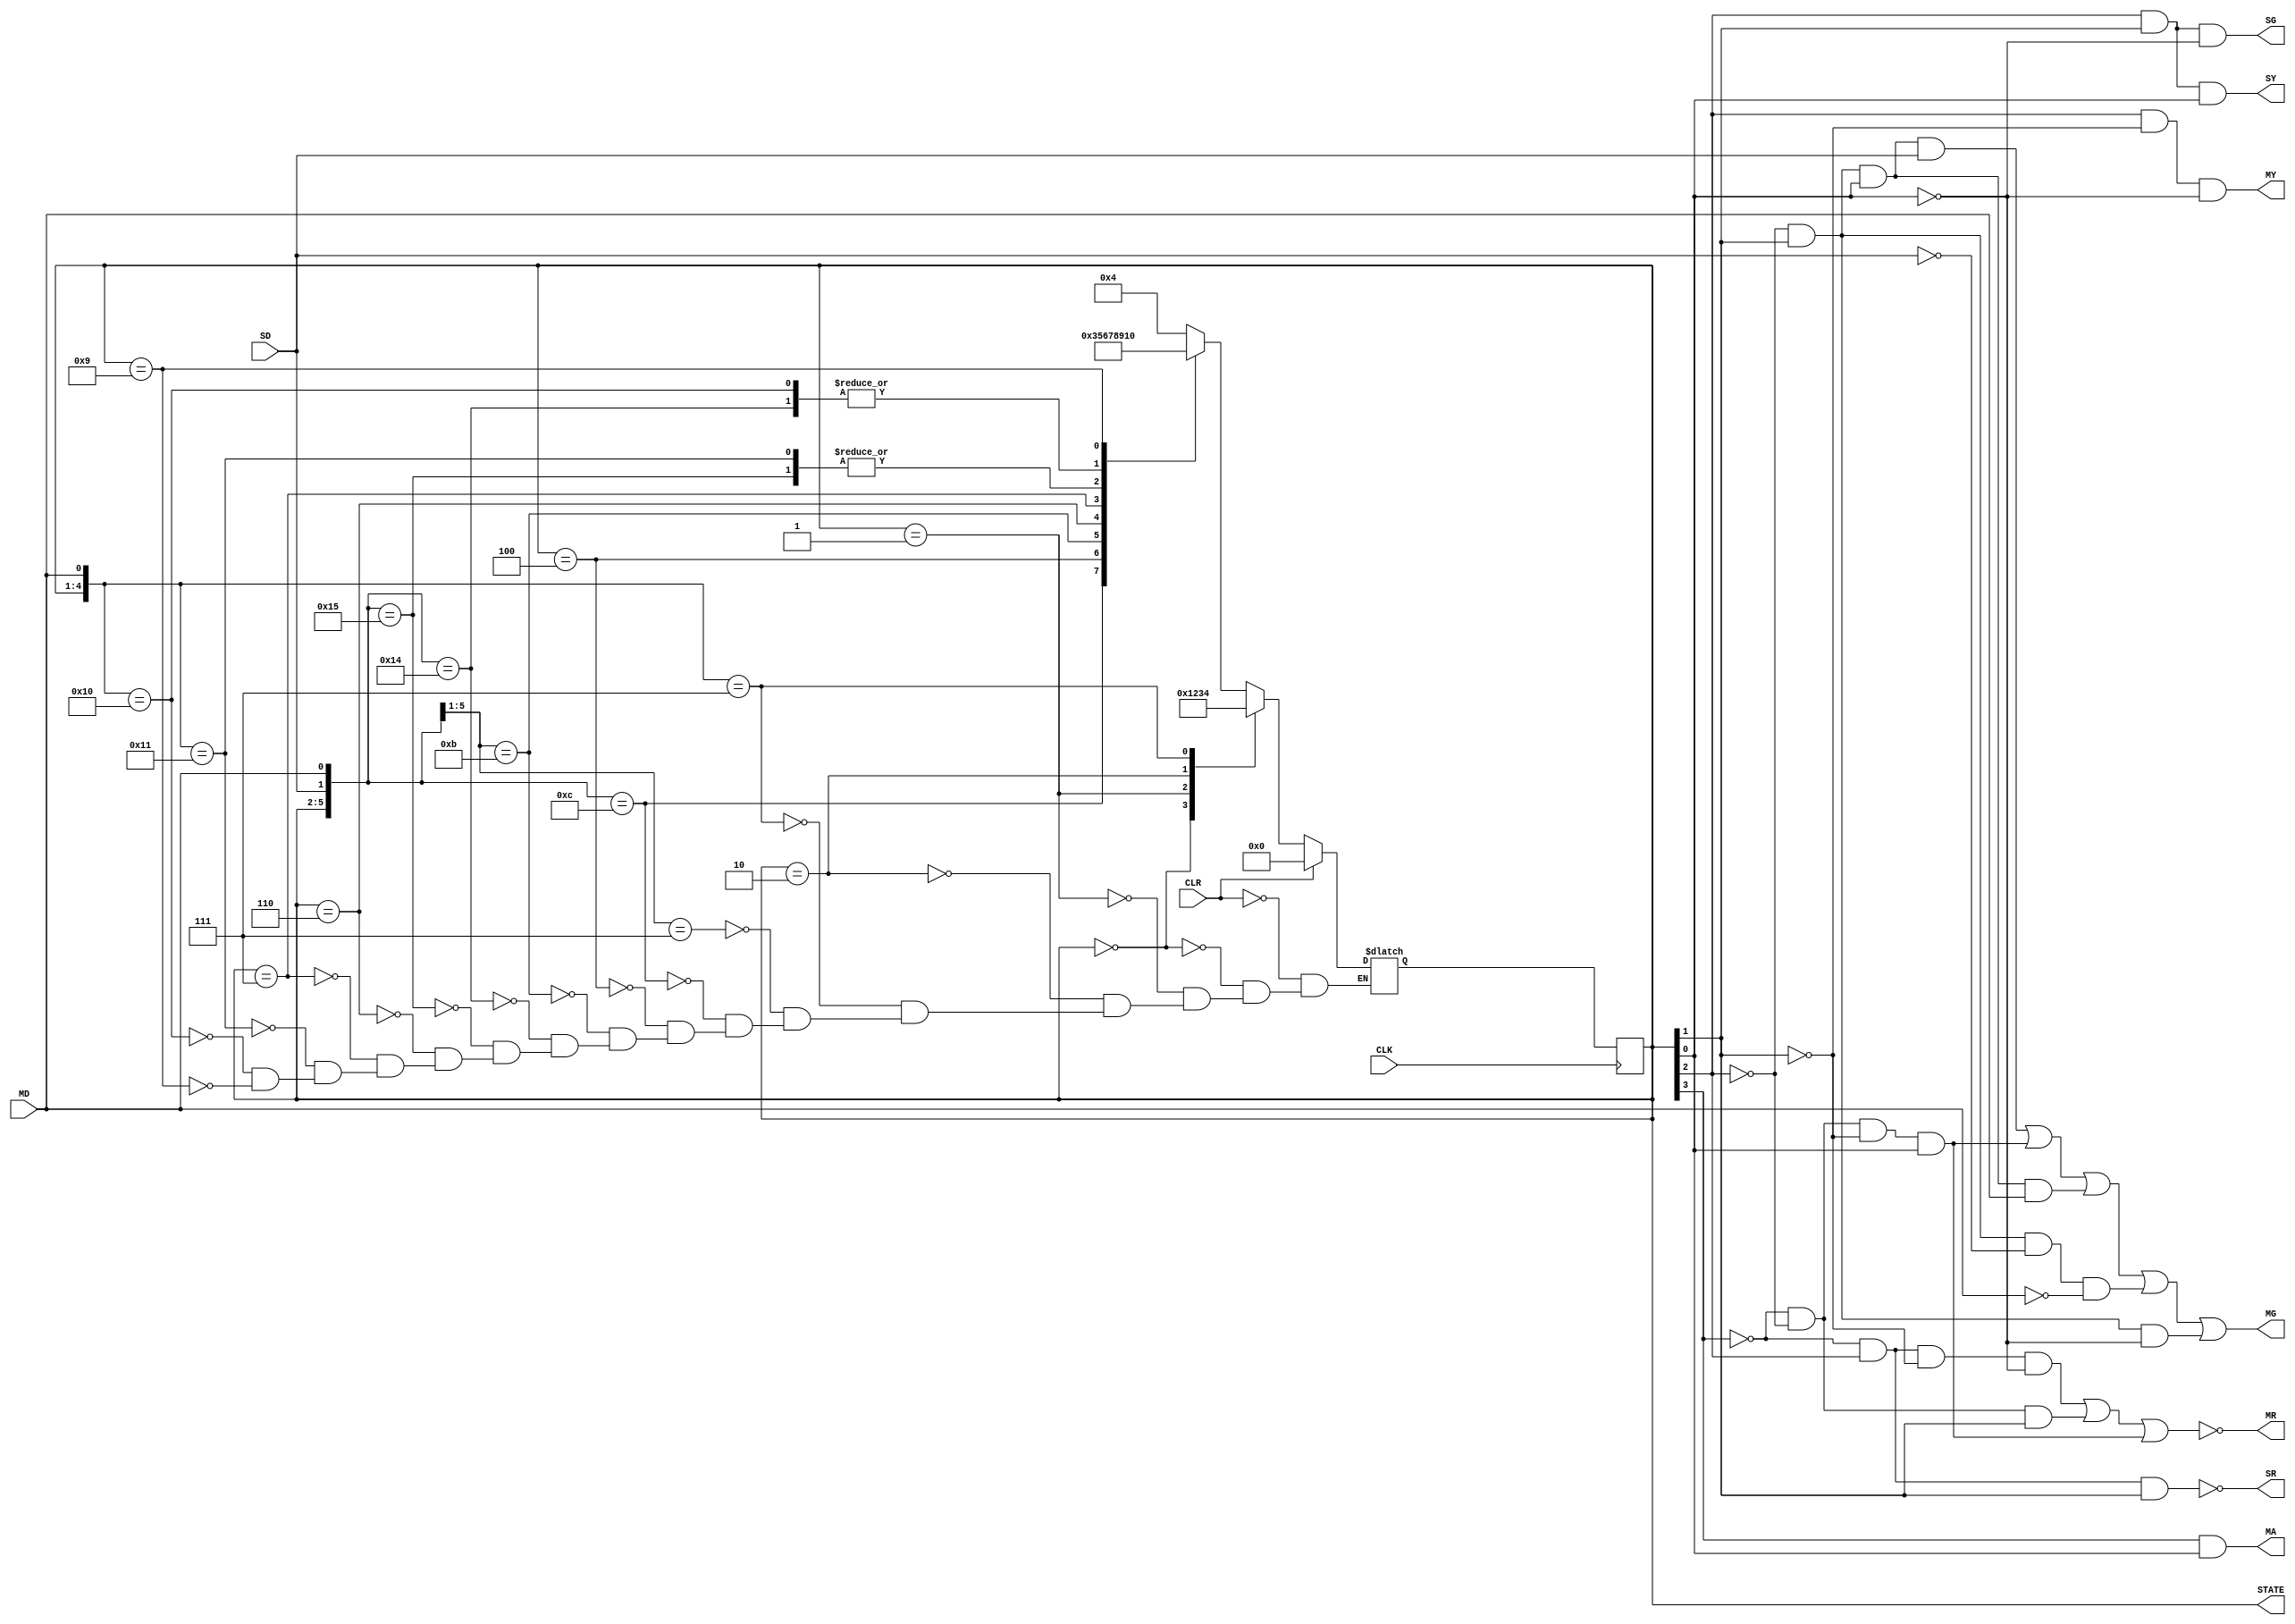
`timescale 1ns/1ns
// Nicholas Saylor 13/03/2021
// CMPEN 270 Verilog Project 12
// RTL Module for TLC

module TLC_rtl(CLK, CLR, SD, MD, MR, MY, MG, MA, SR, SY, SG, STATE);
    input SD, MD, CLK, CLR;
    output MR, MY, MG, MA, SR, SY, SG;
    output [3:0] STATE;
    reg [3:0] Q;
    reg [3:0] QN;
    
    // Logic For Output has been generated through Espresso
    // MR and SR Uses POS instead of SOP
    
    
    // States
    parameter [3:0] A = 4'b0000,
        B = 4'b0001,
        C = 4'b0010,
        D = 4'b0011,
        E = 4'b0100,
        F = 4'b0101,
        G = 4'b0110,
        H = 4'b0111,
        I = 4'b1000,
        J = 4'b1001;
    
    
    
    // Find next state
    always @ (SD or MD or Q or CLR) begin
        // Synchronous clear
        if (CLR) begin
            QN <= 4'b0000;
        end
        else begin
            // Allows for use of don't cares in case statement 1'bz represents don't care input
            casez ({Q,SD,MD})
                {A,1'bz,1'bz}: QN <= B;
                {B,1'bz,1'bz}: QN <= C;
                {C,1'bz,1'bz}: QN <= D;
                {D,1'bz,1'b1}: QN <= E;
                {D,1'b1,1'bz}: QN <= E;
                {D,1'b0,1'b0}: QN <= D;
                {E,1'bz,1'bz}: QN <= F;
                {F,1'b1,1'bz}: QN <= G;
                {F,1'b0,1'b0}: QN <= B;
                {F,1'b0,1'b1}: QN <= J;
                {G,1'bz,1'bz}: QN <= H;
                {H,1'bz,1'bz}: QN <= I;
                {I,1'bz,1'b1}: QN <= J;
                {I,1'bz,1'b0}: QN <= B;
                {J,1'bz,1'bz}: QN <= A;
            endcase
        end
    end


    // Formally change states
    always @ (posedge CLK) begin
        Q <= QN;
    end
 
 
    // Combinational logic for lights
    assign MR = !((!Q[3]&Q[2]&!Q[1]&!Q[0]) | (!Q[3]&!Q[2]&Q[1]) | (!Q[3]&!Q[2]&!Q[1]&Q[0]));
    assign MY = (Q[2]&!Q[1]&!Q[0]);
    assign MG = (!Q[2]&Q[1]&Q[0]&SD) | (!Q[3]&!Q[2]&!Q[1]&Q[0]) | (!Q[2]&Q[1]&Q[0]&MD) | (!Q[2]&Q[1]&!SD&!MD) | (!Q[2]&Q[1]&!Q[0]);
    assign MA = (Q[3]&Q[0]);

    assign SR = !(!Q[3]&Q[2]&Q[1]);
    assign SY = (Q[2]&Q[1]&Q[0]);
    assign SG = (Q[2]&Q[1]&!Q[0]);
    
    assign STATE = Q;
    
endmodule